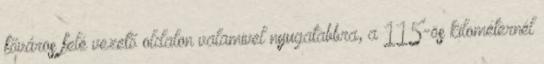
főváros felé vezető oldalon valamivel nyugatabbra, a 115-ös kilométernél